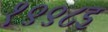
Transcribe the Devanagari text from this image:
१९९८इ